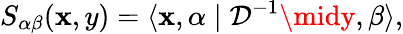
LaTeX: S_{\alpha\beta}(\mathbf{x},y)=\langle\mathbf{x},\alpha\mid{\mathcal{D}}^{-1}\midy,\beta\rangle,